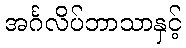
အင်္ဂလိပ်ဘာသာနှင့်